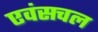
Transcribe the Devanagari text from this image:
एवंसचल